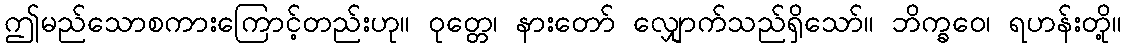
ဤမည်သောစကားကြောင့်တည်းဟု။ ဝုတ္တေ၊ နားတော် လျှောက်သည်ရှိသော်။ ဘိက္ခဝေ၊ ရဟန်းတို့။